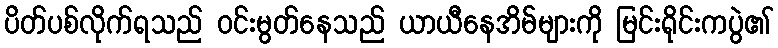
ပိတ်ပစ်လိုက်ရသည် ဝင်းမွတ်နေသည် ယာယီနေအိမ်များကို မြင်းရိုင်းကပွဲ၏